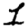
Digit: 1